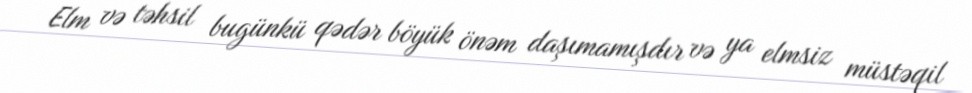
Elm və təhsil bugünkü qədər böyük önəm daşımamışdır və ya elmsiz müstəqil